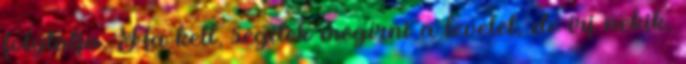
folytatja.-Ha kell, segítek megírni a levelet, de írj nekik,